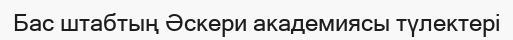
Бас штабтың Әскери академиясы түлектері